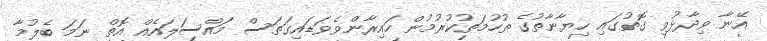
އޭނާ ވިދާޅުވި ގޮތުގައި ހިޔާނާތުގެ ތުހުމަތުކުރުމުން ހައިރާންވެވަޑައިގަތަސް މައްސަލައެއް އޮތް ނަމަ ބެލުމާ